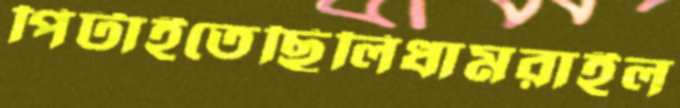
পিটাইতেছিলিধামরাইল